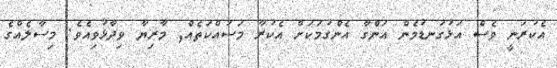
އެކުރަނީ ވެސް އަޅުގަނޑުމެން އަންގާ އެންގުމަކަށް އެކުރާ މަސައްކަތެއް